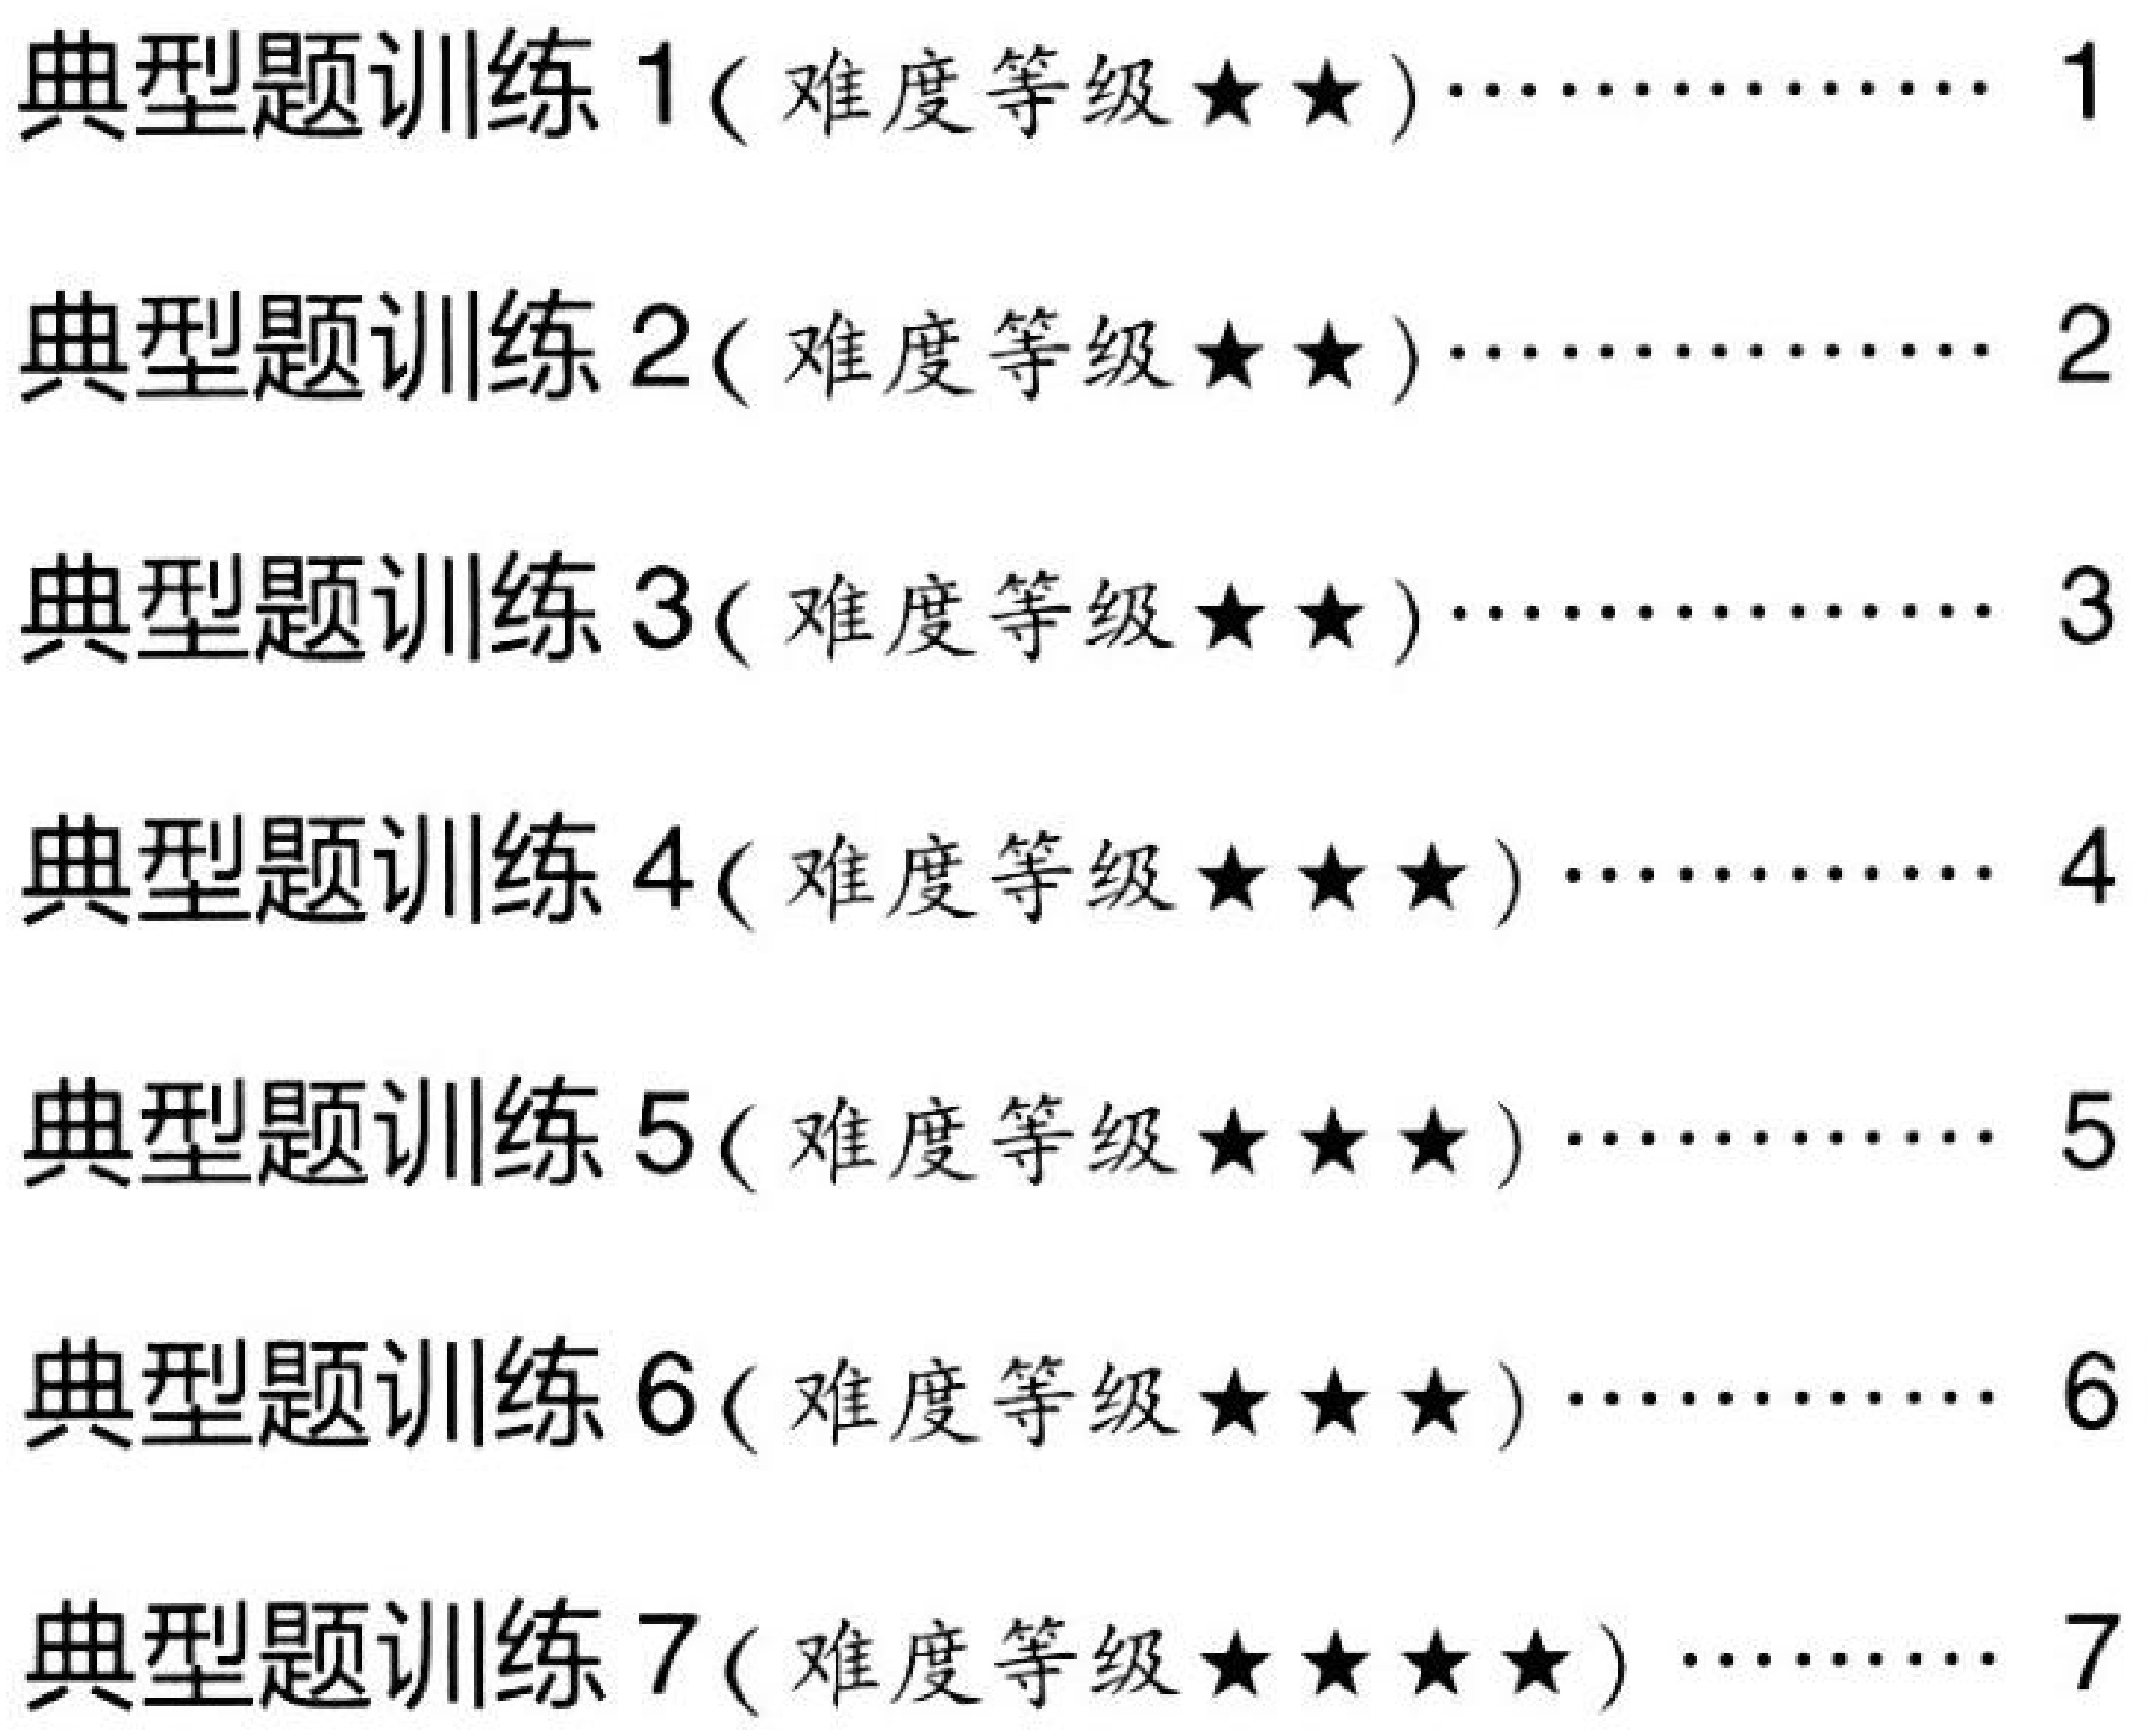
典型题训练1(难度等级★★)…………… 1
典型题训练2(难度等级★★)…………… 2
典型题训练3(难度等级★★)…………… 3
典型题训练4(难度等级★★★)………… 4
典型题训练5(难度等级★★★)………… 5
典型题训练6(难度等级★★★)………… 6
典型题训练7(难度等级★★★★)……… 7